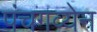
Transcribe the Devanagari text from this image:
पंचगव्येन